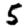
Digit: 5